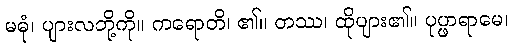
မဓုံ၊ ပျားလဘို့ကို။ ကရောတိ၊ ၏။ တဿ၊ ထိုပျား၏။ ပုပ္ဖာရာမေ၊